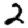
Digit: 2